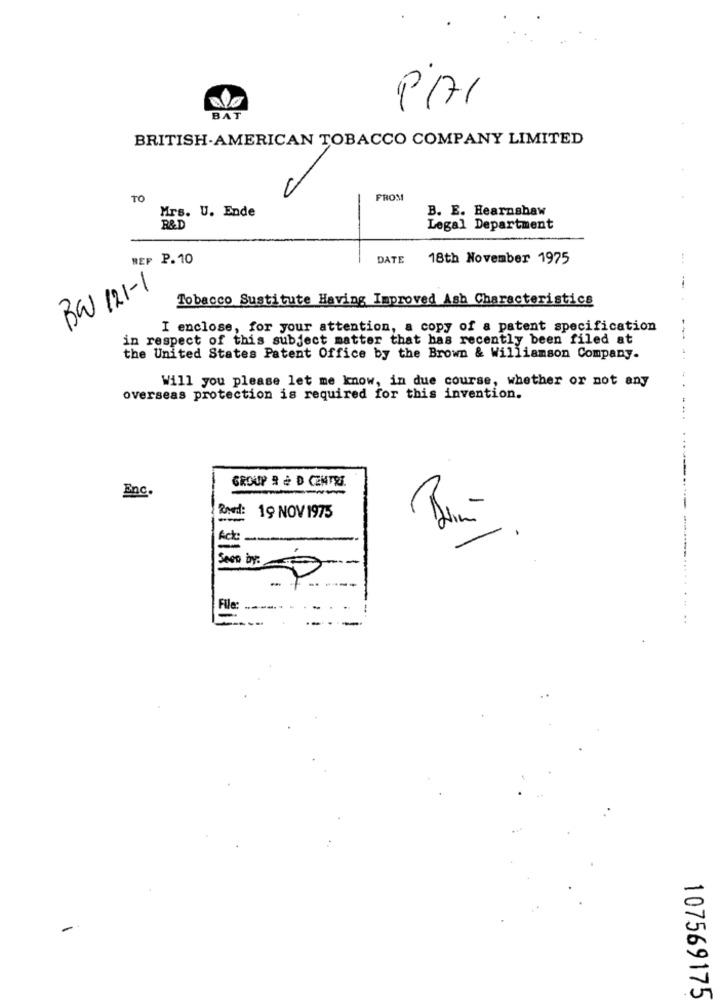
BAT
BRITISH-AMERICAN TOBACCO COMPANY LIMITED
TO
FROM
Mrs. U. Ende
B. E. Hearnshaw
R&D
Legal Department
REP P. 10
DATE
18th November 1975
BW 121-1
--
Tobacco Sustitute Having Improved Ash Characteristics
I enclose, for your attention, a copy of a patent specification
in respect of this subject matter that has recently been filed at
the United States Patent Office by the Brown & Williamson Company.
Will you please let me know, in due course, whether or not any
overseas protection is required for this invention.
GROUP & & D CENTRE
Enc.
19 NOV 1975
Ack
Seen by:
File
---------- ------..... ... ..
107569175